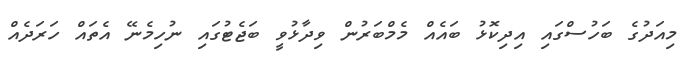
މިއަދުގެ ބަހުސްގައި އިދިކޮޅު ބައެއް މެމްބަރުން ވިދާޅުވީ ބަޖެޓުގައި ނުހިމެނޭ އެތައް ހަރަދެއް